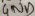
Text: GND